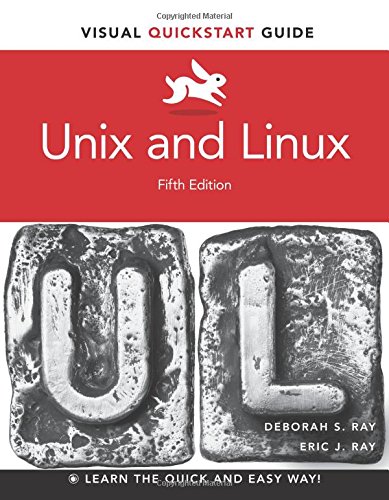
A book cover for Unix and Linux: Visual QuickStart Guide (5th Edition); Eric J. Ray; Computers & Technology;